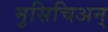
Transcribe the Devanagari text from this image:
मुसिचिअन्